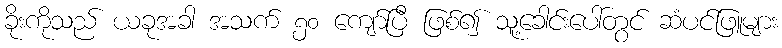
ခိုးကိုသည် ယခုအခါ အသက် ၅၀ ကျော်ပြီ ဖြစ်၍ သူ့ခေါင်းပေါ်တွင် ဆံပင်ဖြူများ